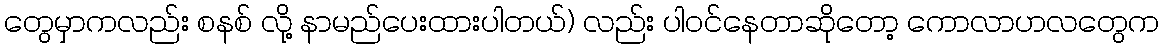
တွေမှာကလည်း စနစ် လို့ နာမည်ပေးထားပါတယ်) လည်း ပါဝင်နေတာဆိုတော့ ကောလာဟလတွေက